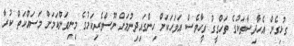
ގުޅިގެން އެހާދިސާތަކުގެ ތަހްގީގު ވީހާވެސް އަވަހަކަށް ހިންގައިދިނުމަށް ނޫސްވެރިކަމުގެ މިނިވަންކަމަށް މަސައްކަތް ކުރާ